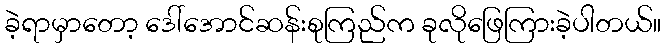
ခဲ့ရာမှာတော့ ဒေါ်အောင်ဆန်းစုကြည်က ခုလိုဖြေကြားခဲ့ပါတယ်။